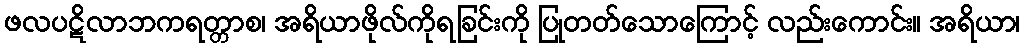
ဖလပဋိလာဘကရတ္တာစ၊ အရိယာဖိုလ်ကိုရခြင်းကို ပြုတတ်သောကြောင့် လည်းကောင်း။ အရိယာ၊